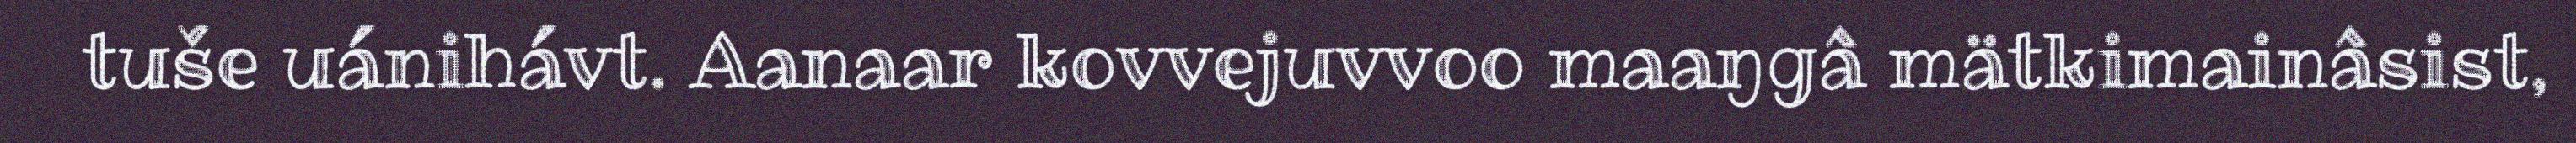
tuše uánihávt. Aanaar kovvejuvvoo maaŋgâ mätkimainâsist,